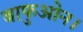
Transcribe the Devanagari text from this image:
बाफुओन।